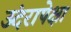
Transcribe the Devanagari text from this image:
उंदरापेक्षा